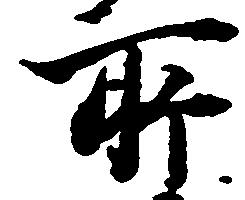
所